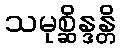
သမုစ္ဆိန္ဒန္တိ